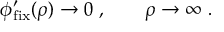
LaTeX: \phi _ { \mathrm { f i x } } ^ { \prime } ( \rho ) \rightarrow 0 \ , \qquad \rho \rightarrow \infty \ .